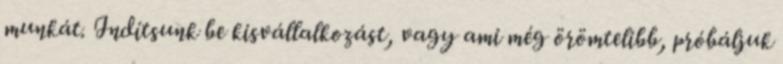
munkát. Indítsunk be kisvállalkozást, vagy ami még örömtelibb, próbáljuk